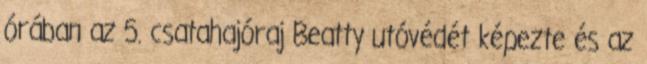
órában az 5. csatahajóraj Beatty utóvédét képezte és az